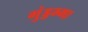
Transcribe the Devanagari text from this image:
गुंड्डम्मा